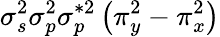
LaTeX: \sigma_{s}^{2}\sigma_{p}^{2}\sigma_{p}^{*2}\left(\pi_{y}^{2}-\pi_{x}^{2}\right)